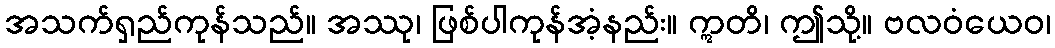
အသက်ရှည်ကုန်သည်။ အဿု၊ ဖြစ်ပါကုန်အံ့နည်း။ ဣတိ၊ ဤသို့။ ဗလဝံယေဝ၊